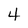
Character: 4